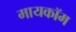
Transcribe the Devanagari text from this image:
मायकॉम